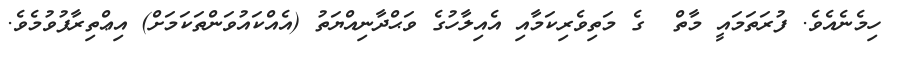
ހިމެނެއެވެ. ފުރަތަމައީ މާތް  ގެ މަތިވެރިކަމާއި އެއިލާހުގެ ވަޙްދާނިއްޔަތު (އެއްކައުވަންތަކަމަށް) އިޢްތިރާފުވުމެވެ.